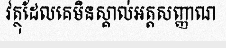
វត្ថុដែលគេមិនស្គាល់អត្តសញ្ញាណ